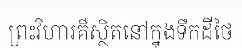
ព្រះវិហារគឺស្ថិតនៅក្នុងទឹកដីថៃ